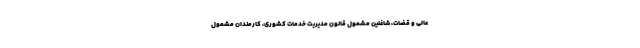
عالی و قضات، شاغلین مشمول قانون مدیریت خدمات کشوری، کارمندان مشمول